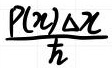
\frac{P(x)\Delta x}{\hbar}